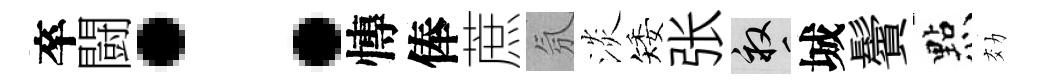
卒闘：慱俸蔗氛淡矮张畝城鬢㸃効